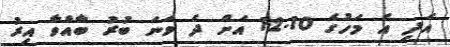
އަދި އެ މަހުގެ 10-12 އަށް ދެ ވަނަ ބުރު ބާއްވާ އިރު